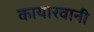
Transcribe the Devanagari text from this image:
कायारवानी